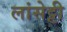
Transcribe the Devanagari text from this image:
लांसेट्टी